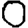
Digit: 0